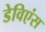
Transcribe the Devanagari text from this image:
डेविएंस